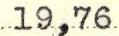
19,76